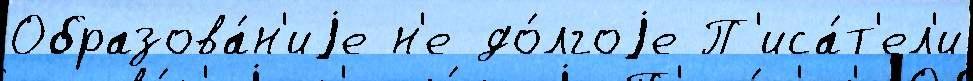
Образова́н'иjе н'е до́лгоjе П'иса́т'ел'и